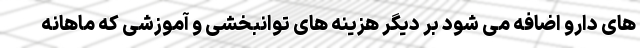
های دارو اضافه می شود بر دیگر هزینه های توانبخشی و آموزشی که ماهانه